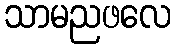
သာမညဖလေ